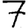
Digit: 7